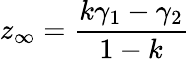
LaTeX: z_{\infty}={\frac{k\gamma_{1}-\gamma_{2}}{1-k}}